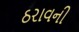
ઠરાવની